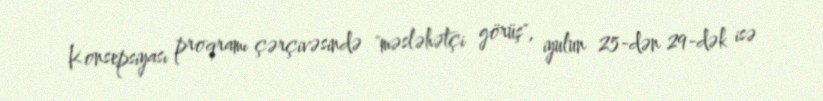
Konsepsiyası proqramı çərçivəsində "məsləhətçi görüş", iyulun 25-dən 29-dək isə